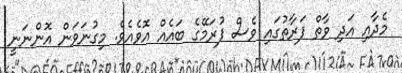
މެދާއި އަދި ވާތް ފަރާތުގައި ވެސް ފުރަމޭގެ ބައެއް އޮވެއެވެ. މިގުނަވަން އޮންނަނީ